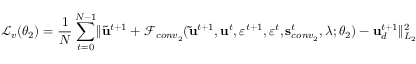
\mathcal { L } _ { v } ( \boldsymbol { \theta } _ { 2 } ) = \frac { 1 } { N } \sum _ { t = 0 } ^ { N - 1 } \lVert \widetilde { \mathbf { u } } ^ { t + 1 } + \mathscr { F } _ { c o n v _ { 2 } } ( \mathbf { \widetilde { u } } ^ { t + 1 } , \mathbf { u } ^ { t } , \varepsilon ^ { t + 1 } , \varepsilon ^ { t } , \mathbf { s } _ { c o n v _ { 2 } } ^ { t } , \boldsymbol { \lambda } ; \boldsymbol { \theta } _ { 2 } ) - \mathbf { u } _ { d } ^ { t + 1 } \rVert _ { L _ { 2 } } ^ { 2 }